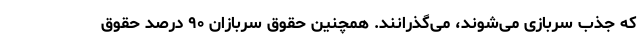
که جذب سربازی می‌شوند، می‌گذرانند. همچنین حقوق سربازان ۹۰ درصد حقوق